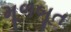
મૂળબૂત